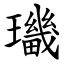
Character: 㼄